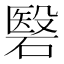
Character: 䃜